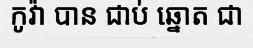
កូវ៉ា បាន ជាប់ ឆ្នោត ជា